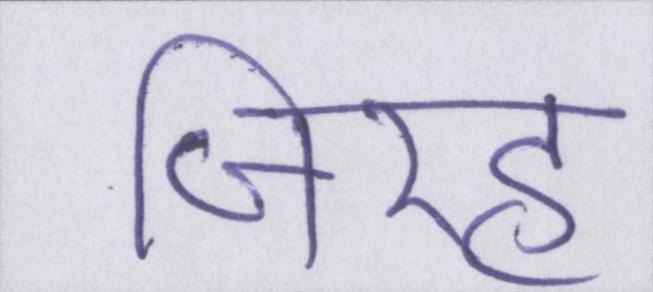
जिरह